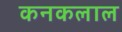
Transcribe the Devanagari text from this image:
कनकलाल